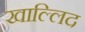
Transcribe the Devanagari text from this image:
खाल्लिद